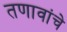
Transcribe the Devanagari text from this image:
तणावांचे